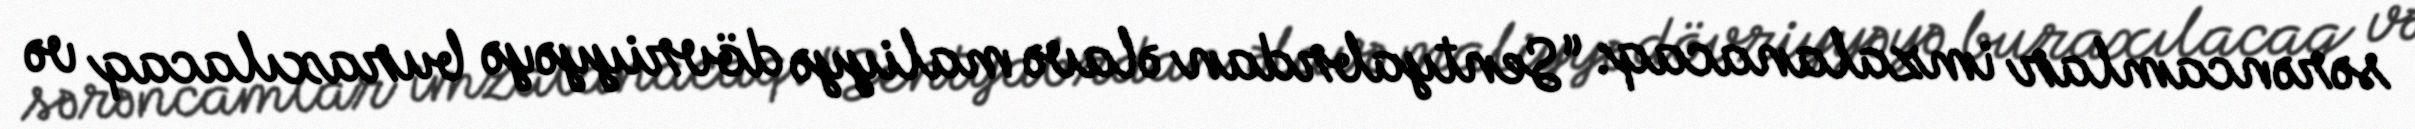
sərəncamlar imzalanacaq: “Sentyabrdan əlavə maliyyə dövriyyəyə buraxılacaq və